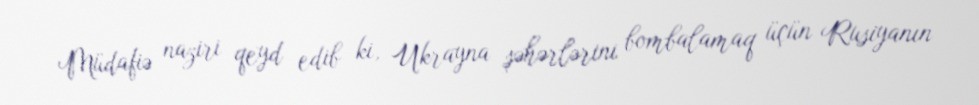
Müdafiə naziri qeyd edib ki, Ukrayna şəhərlərini bombalamaq üçün Rusiyanın